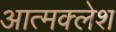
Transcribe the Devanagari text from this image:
आत्मक्लेश